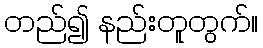
တည်၍ နည်းတူတွက်။